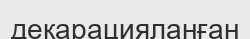
декарацияланған